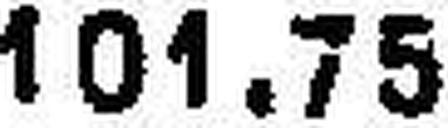
101.75